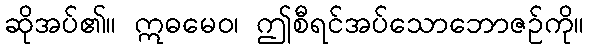
ဆိုအပ်၏။ ဣဓမေဝ၊ ဤစီရင်အပ်သောဘောဇဉ်ကို။